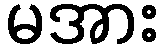
မအား